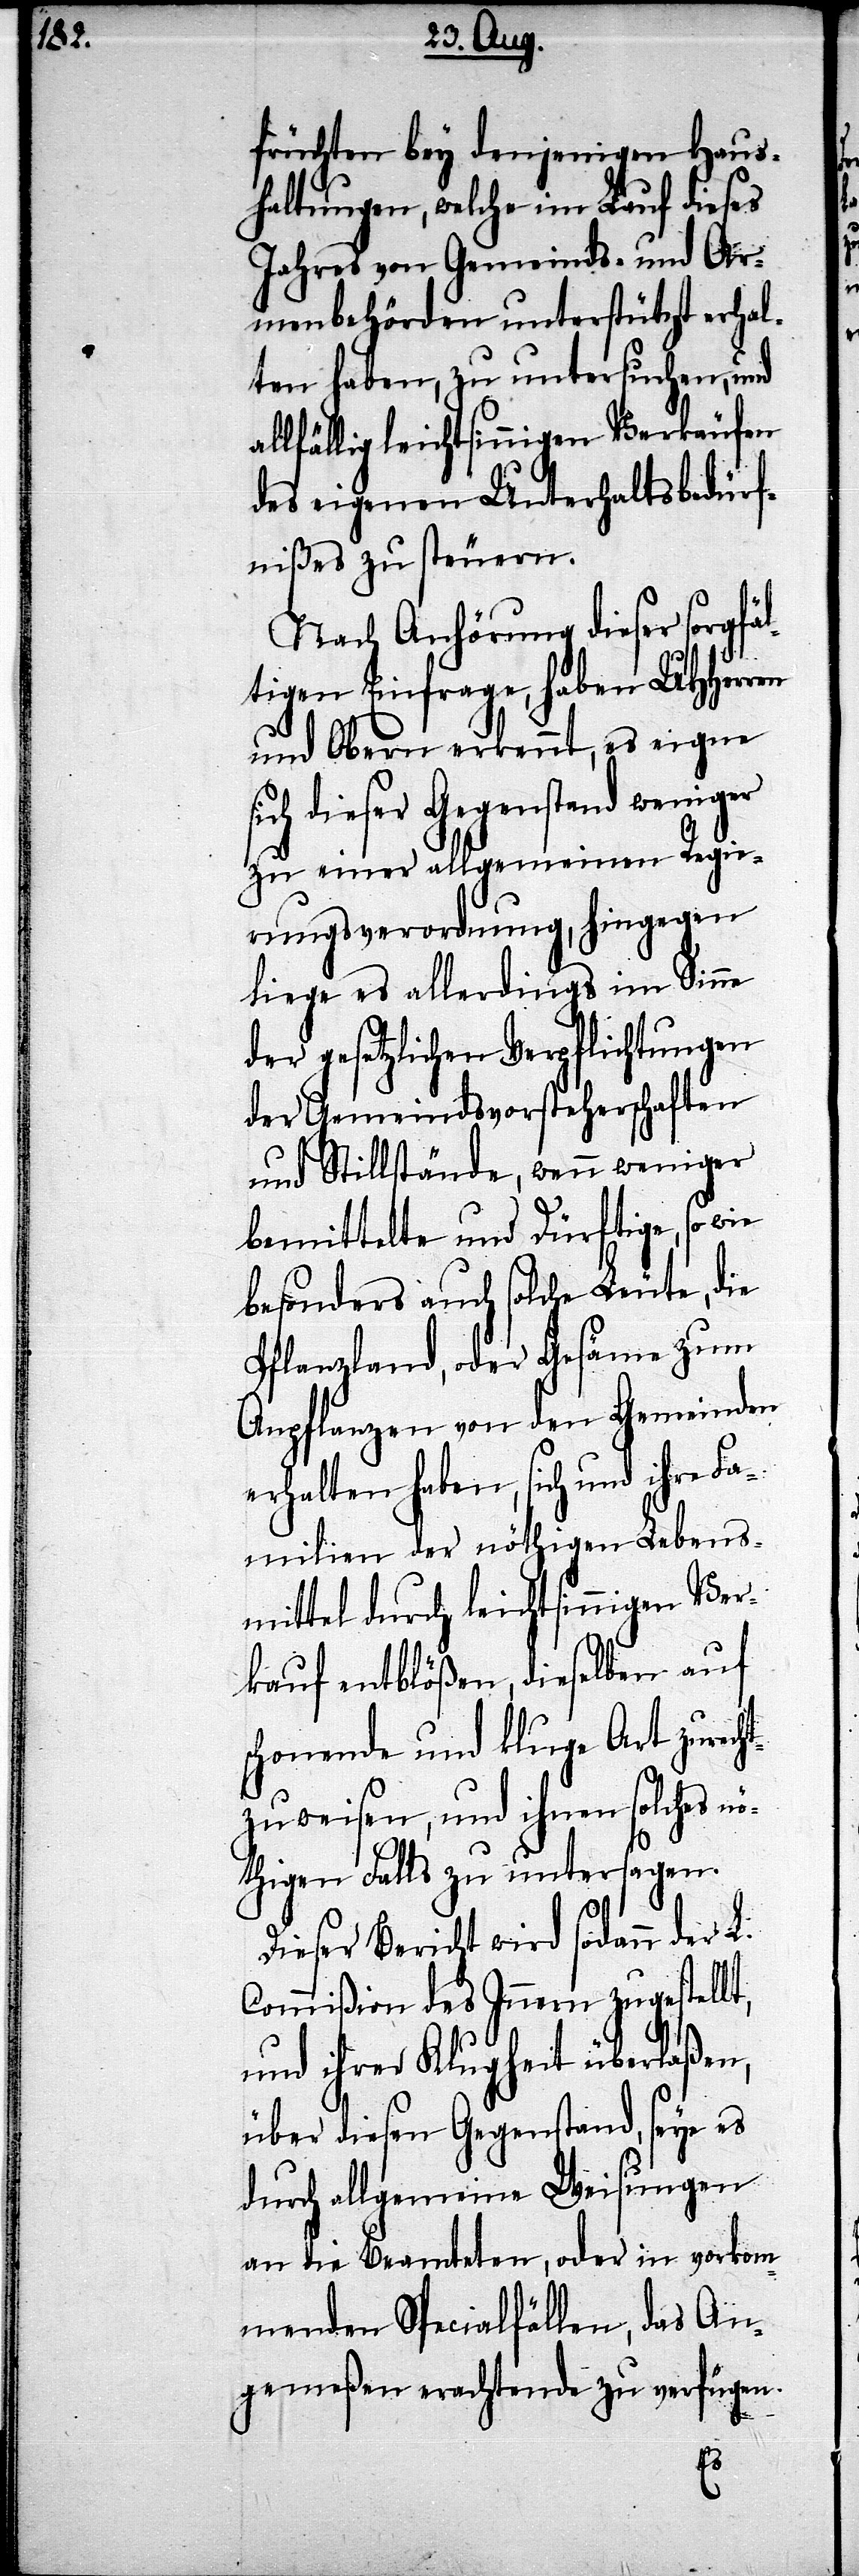
früchten bey denjenigen Haus¬
haltungen, welche im Lauf dieses
Jahres von Gemeinds- und Ar¬
menbehörden unterstützt erhal¬
ten haben, zu untersuchen, und
lfällig leichtsinnigen Verkäufen
des eigenen Unterhaltsbedürf¬
nißes zu steuern.
Nach Anhörung dieser sorgfä¬
ltigen Einfrage, haben UHHerren
und Obern erkennt, es eigne
ch dieser Gegenstand weniger
zu einer allgemeinen Regie¬
rungsverordnung, hingegen
liege es allerdings im Sinne
der gesetzlichen Verpflichtungen
der Gemeindsvorsteherschaften
und Stillstände, wenn weniger
bemittelte und Dürftige, so
besonders auch solche Leute, die
Pflanzland, oder Gesäme zum
Anpflanzen von den Gemeinden
erhalten haben, sich und ihre Fa¬
milien der nöthigen Lebens¬
mittel durch leichtsinnigen Ver¬
kauf entblößen, dieselben auf
schonende und kluge Art zurech¬
tzuweisen, und ihnen solches n¬
öthigen Falls zu untersagen.
Dieser Bericht wird sodann der
Commißion des Innern zugestellt,
und ihrer Klugheit überlaßen,
über diesen Gegenstand, seye es
durch allgemeine Weisungen
an die Beamteten, oder in vorkom¬
menden Specialfällen, das An¬
gemeßen erachtende zu verfügen.
L.